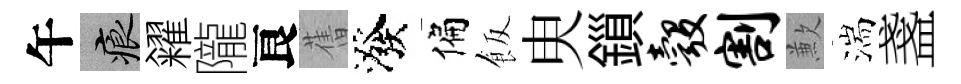
午痕糴隴良𦾔潑偏飯㬰鎻彀割歉湍盞